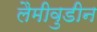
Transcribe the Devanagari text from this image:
लैमीवुडीन